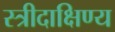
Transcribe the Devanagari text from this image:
स्त्रीदाक्षिण्य